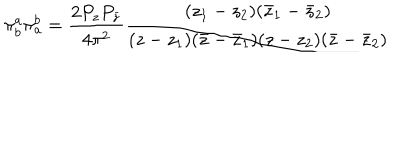
\pi _ { b } ^ { a } \pi _ { a } ^ { b } = \frac { 2 P _ { z } P _ { \bar { z } } } { 4 \pi ^ { 2 } } \frac { ( z _ { 1 } - z _ { 2 } ) ( \bar { z } _ { 1 } - \bar { z } _ { 2 } ) } { ( z - z _ { 1 } ) ( \bar { z } - \bar { z } _ { 1 } ) ( z - z _ { 2 } ) ( \bar { z } - \bar { z } _ { 2 } ) }